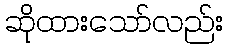
ဆိုထားသော်လည်း